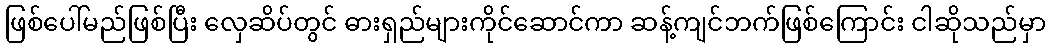
ဖြစ်ပေါ်မည်ဖြစ်ပြီး လှေဆိပ်တွင် ဓားရှည်များကိုင်ဆောင်ကာ ဆန့်ကျင်ဘက်ဖြစ်ကြောင်း ငါဆိုသည်မှာ